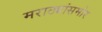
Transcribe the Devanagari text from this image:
मराठ्यांसमोर